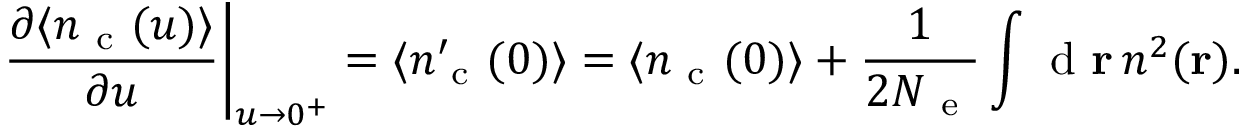
\left. \frac { \partial \langle n _ { \mathrm { ~ c ~ } } ( u ) \rangle } { \partial u } \right\vert _ { u \rightarrow 0 ^ { + } } = \langle n _ { \mathrm { ~ c ~ } } ^ { \prime } ( 0 ) \rangle = \langle n _ { \mathrm { ~ c ~ } } ( 0 ) \rangle + \frac { 1 } { 2 \ensuremath { N _ { \mathrm { ~ e ~ } } } } \int \mathrm { ~ d ~ } \ensuremath { \mathbf { r } } \, n ^ { 2 } ( \ensuremath { \mathbf { r } } ) .